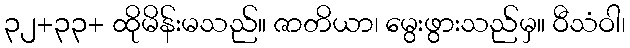
၃၂+၃၃+ ထိုမိန်းမသည်။ ဇာတိယာ၊ မွေးဖွားသည်မှ။ ဝီသံဝါ၊